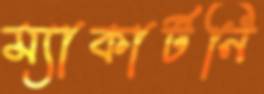
ম্যাকার্টনি